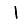
Digit: 1